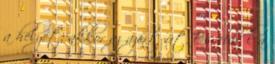
a helyét, akkor az azért üt. És ebből a